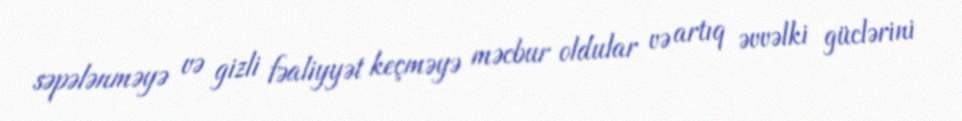
səpələnməyə və gizli fəaliyyət keçməyə məcbur oldular və artıq əvvəlki güclərini